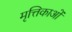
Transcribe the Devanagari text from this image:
मृत्तिकाओं